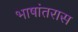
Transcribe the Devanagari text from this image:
भाषांतरास